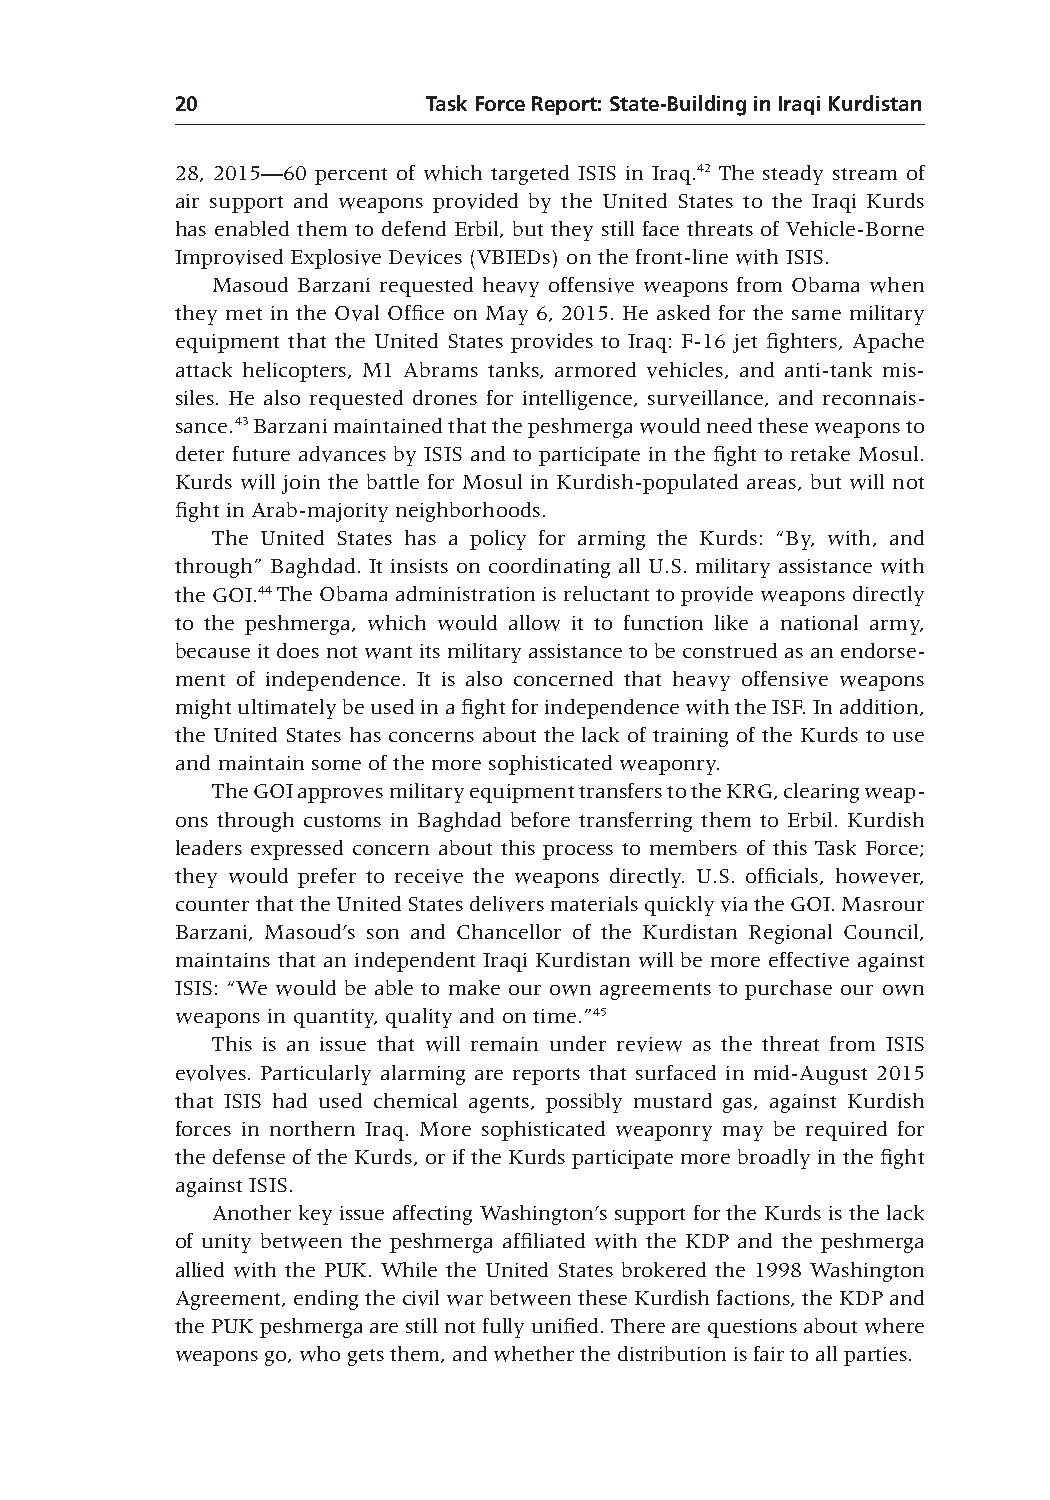
20              Task Force Report: State-Building in Iraqi Kurdistan
 28, 2015—60 percent of which targeted ISIS in Iraq.42 The steady stream of
 air support and weapons provided by the United States to the Iraqi Kurds
 has enabled them to defend Erbil, but they still face threats of Vehicle-Borne
 Improvised Explosive Devices (VBIEDs) on the front-line with ISIS.
 Masoud Barzani requested heavy offensive weapons from Obama when
 they met in the Oval Office on May 6, 2015. He asked for the same military
 equipment that the United States provides to Iraq: F-16 jet fighters, Apache
 attack helicopters, M1 Abrams tanks, armored vehicles, and anti-tank mis-
 siles. He also requested drones for intelligence, surveillance, and reconnais-
 sance.43 Barzani maintained that the peshmerga would need these weapons to
 deter future advances by ISIS and to participate in the fight to retake Mosul.
 Kurds will join the battle for Mosul in Kurdish-populated areas, but will not
 fight in Arab-majority neighborhoods.
 The United States has a policy for arming the Kurds: “By, with, and
 through” Baghdad. It insists on coordinating all U.S. military assistance with
 the GOI.44 The Obama administration is reluctant to provide weapons directly
 to the peshmerga, which would allow it to function like a national army,
 because it does not want its military assistance to be construed as an endorse-
 ment of independence. It is also concerned that heavy offensive weapons
 might ultimately be used in a fight for independence with the ISF. In addition,
 the United States has concerns about the lack of training of the Kurds to use
 and maintain some of the more sophisticated weaponry.
 The GOI approves military equipment transfers to the KRG, clearing weap-
 ons through customs in Baghdad before transferring them to Erbil. Kurdish
 leaders expressed concern about this process to members of this Task Force;
 they would prefer to receive the weapons directly. U.S. officials, however,
 counter that the United States delivers materials quickly via the GOI. Masrour
 Barzani, Masoud’s son and Chancellor of the Kurdistan Regional Council,
 maintains that an independent Iraqi Kurdistan will be more effective against
 ISIS: “We would be able to make our own agreements to purchase our own
 weapons in quantity, quality and on time.”45
 This is an issue that will remain under review as the threat from ISIS
 evolves. Particularly alarming are reports that surfaced in mid-August 2015
 that ISIS had used chemical agents, possibly mustard gas, against Kurdish
 forces in northern Iraq. More sophisticated weaponry may be required for
 the defense of the Kurds, or if the Kurds participate more broadly in the fight
 against ISIS.
 Another key issue affecting Washington’s support for the Kurds is the lack
 of unity between the peshmerga affiliated with the KDP and the peshmerga
 allied with the PUK. While the United States brokered the 1998 Washington
 Agreement, ending the civil war between these Kurdish factions, the KDP and
 the PUK peshmerga are still not fully unified. There are questions about where
 weapons go, who gets them, and whether the distribution is fair to all parties.